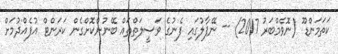
ކަތަމަންޑޫ (ނޮވެމްބަރު 2017) -- ނޭޕާލުގައި ފެނުގެ ވަސީލަތްތައް ބޭނުންކޮށްގެން ކަރަންޓް އުފެއްދުމަށް